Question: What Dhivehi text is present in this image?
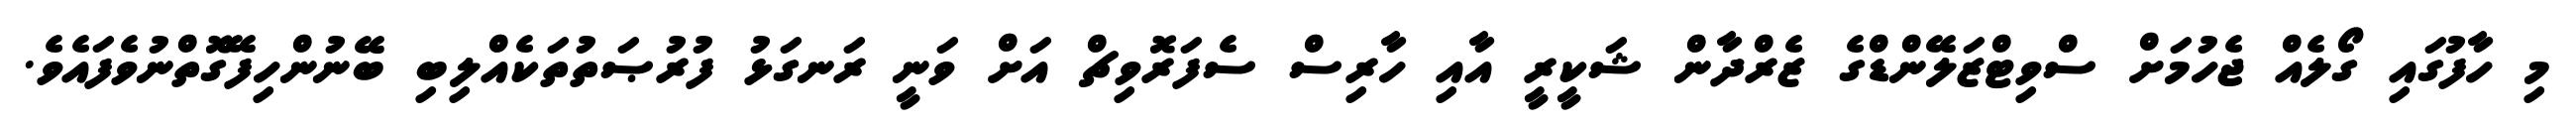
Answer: މި ހާފުގައި ގޯލެއް ޖެހުމަށް ސްވިޓްޒަލޭންޑްގެ ޒެރްދާން ޝަކީރީ އާއި ހާރިސް ސެފަރޮވިޗް އަށް ވަނީ ރަނގަޅު ފުރުޞަތުތަކެއްލިބި ބޭނުންހިފޭގޮތްނުވެފައެވެ.